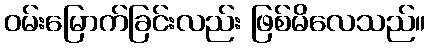
ဝမ်းမြောက်ခြင်းလည်း ဖြစ်မိလေသည်။